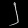
Digit: ၂